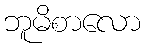
ဘူမိစာလော